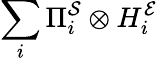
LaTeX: \sum_{i}\Pi_{i}^{\mathcal{S}}\otimes H_{i}^{\mathcal{E}}